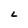
Character: L